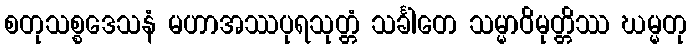
စတုသစ္စဒေသနံ မဟာအဿပုရသုတ္တံ သင်္ခါတေ သမ္မာဝိမုတ္တိဿ ဃမ္မတု